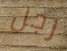
رجل